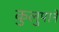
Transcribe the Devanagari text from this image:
कुलुपाने